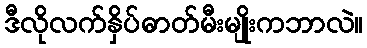
ဒီလိုလက်နှိပ်ဓာတ်မီးမျိုးကဘာလဲ။